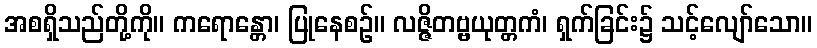
အစရှိသည်တို့ကို။ ကရောန္တော၊ ပြုနေစဉ်။ လဇ္ဇိတဗ္ဗယုတ္တကံ၊ ရှက်ခြင်း၌ သင့်လျော်သော။